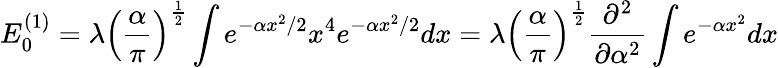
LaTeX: E_{0}^{(1)}=\lambda\left({\frac{\alpha}{\pi}}\right)^{\frac{1}{2}}\int e^{-\alpha x^{2}/2}x^{4}e^{-\alpha x^{2}/2}dx=\lambda\left({\frac{\alpha}{\pi}}\right)^{\frac{1}{2}}{\frac{\partial^{2}}{\partial\alpha^{2}}}\int e^{-\alpha x^{2}}dx